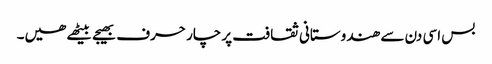
بس اسی دن سے ھندوستانی ثقافت پر چار حرف بھیجے بیٹھے ھیں۔